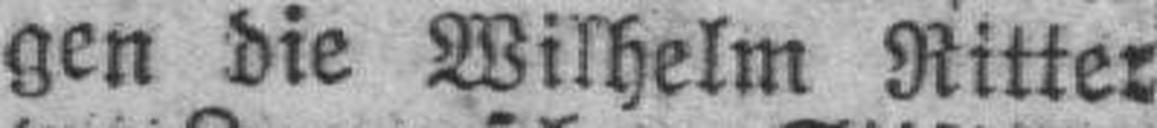
gen die Wilhelm Ritter